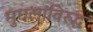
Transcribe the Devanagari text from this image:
मुघलांविरुद्ध